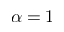
\alpha = 1